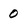
Character: 0